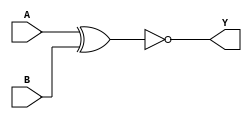
module xnor_gate(
  input A,
  input B,
  output Y);
  xnor(Y,A,B);
endmodule